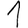
Digit: 1